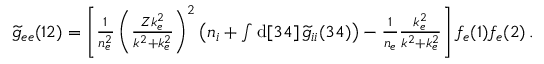
\begin{array} { r } { \widetilde { g } _ { e e } ( 1 2 ) = \left[ \frac { 1 } { n _ { e } ^ { 2 } } \left( \frac { Z k _ { e } ^ { 2 } } { k ^ { 2 } + k _ { e } ^ { 2 } } \right) ^ { 2 } \left( n _ { i } + \int \mathrm { d } [ 3 4 ] \, \widetilde { g } _ { i i } ( 3 4 ) \right) - \frac { 1 } { n _ { e } } \frac { k _ { e } ^ { 2 } } { k ^ { 2 } + k _ { e } ^ { 2 } } \right] f _ { e } ( 1 ) f _ { e } ( 2 ) \, . } \end{array}